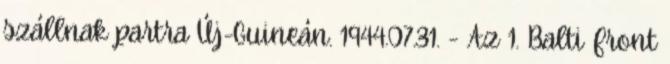
szállnak partra Új-Guineán. 1944.07.31. - Az 1. Balti Front